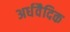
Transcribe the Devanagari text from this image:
अर्धवैदिक